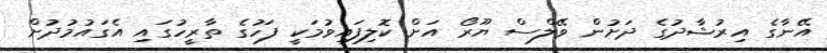
އޭނާގެ އިރުޝާދުގެ ދަށުން ވޭލްސް ޔޫރޯ އަށް ކޮލިފައިވުމަކީ ފަހުގެ ތާރީހުގައި އެގައުމުދުށް